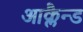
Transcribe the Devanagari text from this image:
आक्लैन्ड